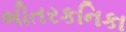
ભીતરકનિકા